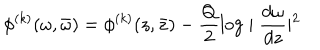
\phi ^ { ( k ) } ( \omega , \bar { \omega } ) = \phi ^ { ( k ) } ( z , \bar { z } ) - \frac { Q } { 2 } \log \mid \frac { d \omega } { d z } \mid ^ { 2 }